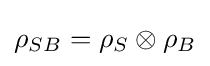
\rho _{SB}=\rho _{S}\otimes \rho _{B}